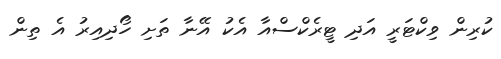
ކުރިން ވިކްޓަރީ އަދި ޓީރެކްސްއާ އެކު އޭނާ ތަށި ހޯދިއިރު އެ ތިން